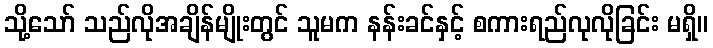
သို့သော် သည်လိုအချိန်မျိုးတွင် သူမက နန်းခင်နှင့် စကားရည်လုလိုခြင်း မရှိ။